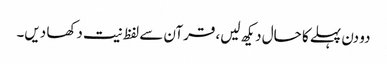
دو دن پہلے کا حال دیکھ لیں، قرآن سے لفظ نیت دکھا دیں۔